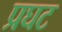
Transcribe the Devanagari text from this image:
प्रघट